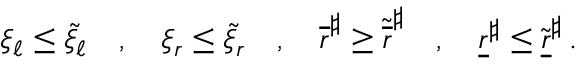
\begin{array} { r } { \xi _ { \ell } \leq \widetilde { \xi } _ { \ell } \ \ \ , \ \ \ \xi _ { r } \leq \widetilde { \xi } _ { r } \ \ \ , \ \ \ { \overline { { r } } } ^ { \sharp } \geq \widetilde { \overline { { r } } } ^ { \sharp } \ \ \ , \ \ \ { \underline { { r } } } ^ { \sharp } \leq \widetilde { \underline { { r } } } ^ { \sharp } \, . } \end{array}